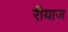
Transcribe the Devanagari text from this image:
रीयाज